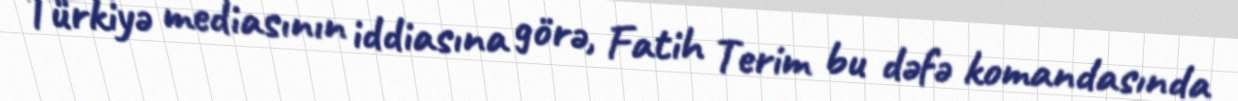
Türkiyə mediasının iddiasına görə, Fatih Terim bu dəfə komandasında